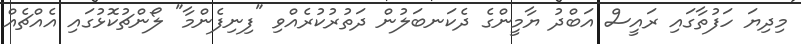
މިދިޔަ ހަފުތާގައި ރައީސް އަބްދު ޔާމީންގެ ދެކަނބަލުން ދަތުރުކުރެއްވި "ފިނިފެންމާ" ލޯންޗުކޮޅުގައި އެއްޗެއް